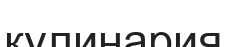
кулинария